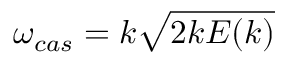
\omega _ { c a s } = k \sqrt { 2 k E ( k ) }